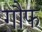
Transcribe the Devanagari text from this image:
गौफ